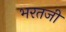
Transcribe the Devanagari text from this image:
भरतजी